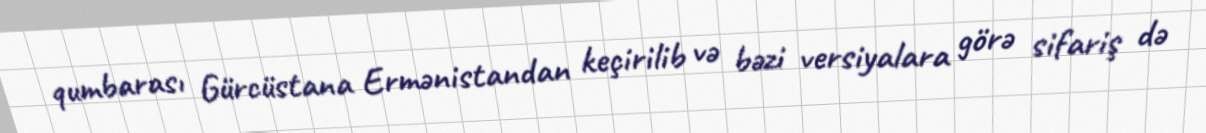
qumbarası Gürcüstana Ermənistandan keçirilib və bəzi versiyalara görə sifariş də